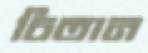
চিতান